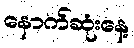
နောက်ဆုံးနေ့